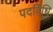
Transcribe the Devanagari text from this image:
पदविधि